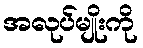
အလုပ်မျိုးကို